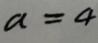
a = 4